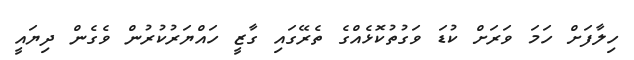
ހިލާފަށް ހަމަ ވަރަށް ކުޑަ ވަގުތުކޮޅެއްގެ ތެރޭގައި ގާޒީ ހައްޔަރުކުރުން ވެގެން ދިޔައީ